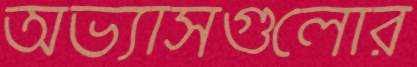
অভ্যাসগুলোর